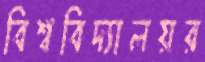
বিশ্ববিদ্যালয়র